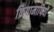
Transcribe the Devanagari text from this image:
क्रियामापियों